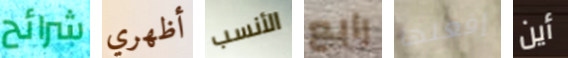
شرائح أظهري الأنسب رابع إفعلها أين